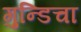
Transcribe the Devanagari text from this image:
गुन्डिचा